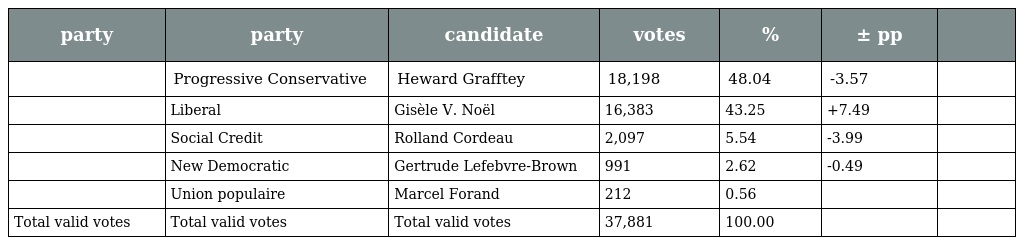
| party | party | candidate | votes | % | ± pp |  |
 | --- | --- | --- | --- | --- | --- | --- |
 |  | Progressive Conservative | Heward Grafftey | 18,198 | 48.04 | -3.57 |  |
 |  | Liberal | Gisèle V. Noël | 16,383 | 43.25 | +7.49 |  |
 |  | Social Credit | Rolland Cordeau | 2,097 | 5.54 | -3.99 |  |
 |  | New Democratic | Gertrude Lefebvre-Brown | 991 | 2.62 | -0.49 |  |
 |  | Union populaire | Marcel Forand | 212 | 0.56 |  |  |
 | Total valid votes | Total valid votes | Total valid votes | 37,881 | 100.00 |  |  |